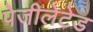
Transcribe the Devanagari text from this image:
पेजीलेटेड